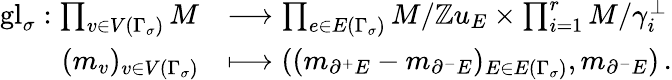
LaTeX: \begin{array}{rl}{\mathrm{gl}_{\sigma}:\prod_{v\in V(\Gamma_{\sigma})}M}&{\longrightarrow\prod_{e\in E(\Gamma_{\sigma})}M/\mathbb{Z}u_{E}\times\prod_{i=1}^{r}M/\gamma_{i}^{\perp}}\\ {(m_{v})_{v\in V(\Gamma_{\sigma})}}&{\longmapsto((m_{\partial^{+}E}-m_{\partial^{-}E})_{E\in E(\Gamma_{\sigma})},m_{\partial^{-}E})\, .}\end{array}